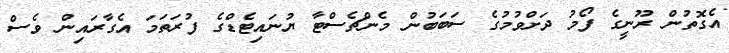
އެގޮތުން ރޫނީގެ ފޯމު ދަށްވުމުގެ ސަބަބުން މެންޗެސްޓާ ޔުނައިޓެޑްގެ ފުރަތަމަ އެގާރައިން ވެސް